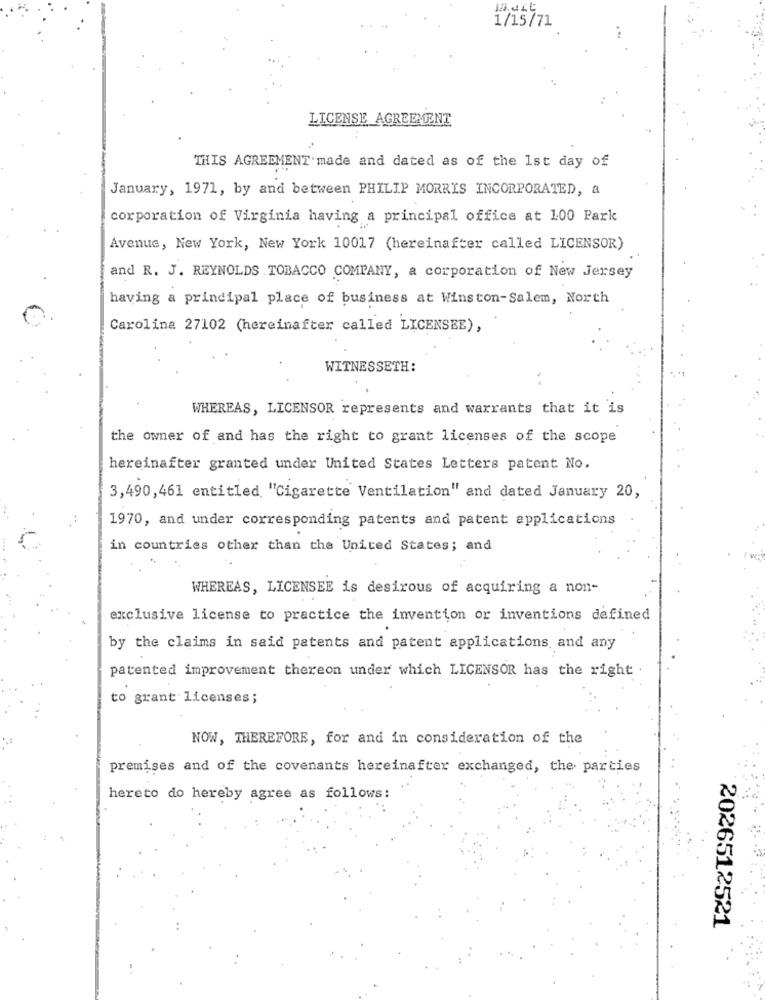
1/15/71
LICENSE AGREEMENT
THIS AGREEMENT made and dated as of the 1st day of
January, 1971, by and between PHILIP MORRIS INCORPORATED, a
corporation of Virginia having a principal office at 100 Park
Avenue, New York, New York 10017 (hereinafter called LICENSOR)
and R. J. REYNOLDS TOBACCO COMPANY, a corporation of New Jersey
having a principal place of business at Winston-Salem, North
Carolina 27102 (hereinafter called LICENSEE),
WITNESSETH:
WHEREAS, LICENSOR represents and warrants that it is
the owner of and has the right to grant licenses of the scope
hereinafter granted under United States Letters patent No.
3,490,461 entitled "Cigarette Ventilation" and dated January 20,
1970, and under corresponding patents and patent applications
in countries other than the United States; and
WHEREAS, LICENSEE is desirous of acquiring a non-
exclusive license to practice the invention or inventions defined
by the claims in said patents and patent applications, and any
patented improvement thereon under which LICENSOR has the right
to grant licenses;
NOW, THEREFORE, for and in consideration of the
premises and of the covenants hereinafter exchanged, the parties
hereto do hereby agree as follows:
2026512521